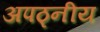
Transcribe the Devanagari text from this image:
अपठ्नीय